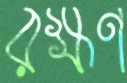
রক্ষণ